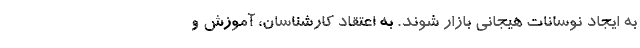
به ایجاد نوسانات هیجانی بازار شوند. به ‌اعتقاد کارشناسان، آموزش و